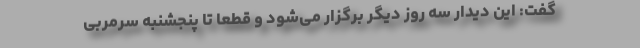
گفت: این دیدار سه روز دیگر برگزار می‌شود و قطعا تا پنجشنبه سرمربی